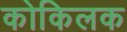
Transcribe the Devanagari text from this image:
कोकिलक